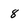
Character: 8